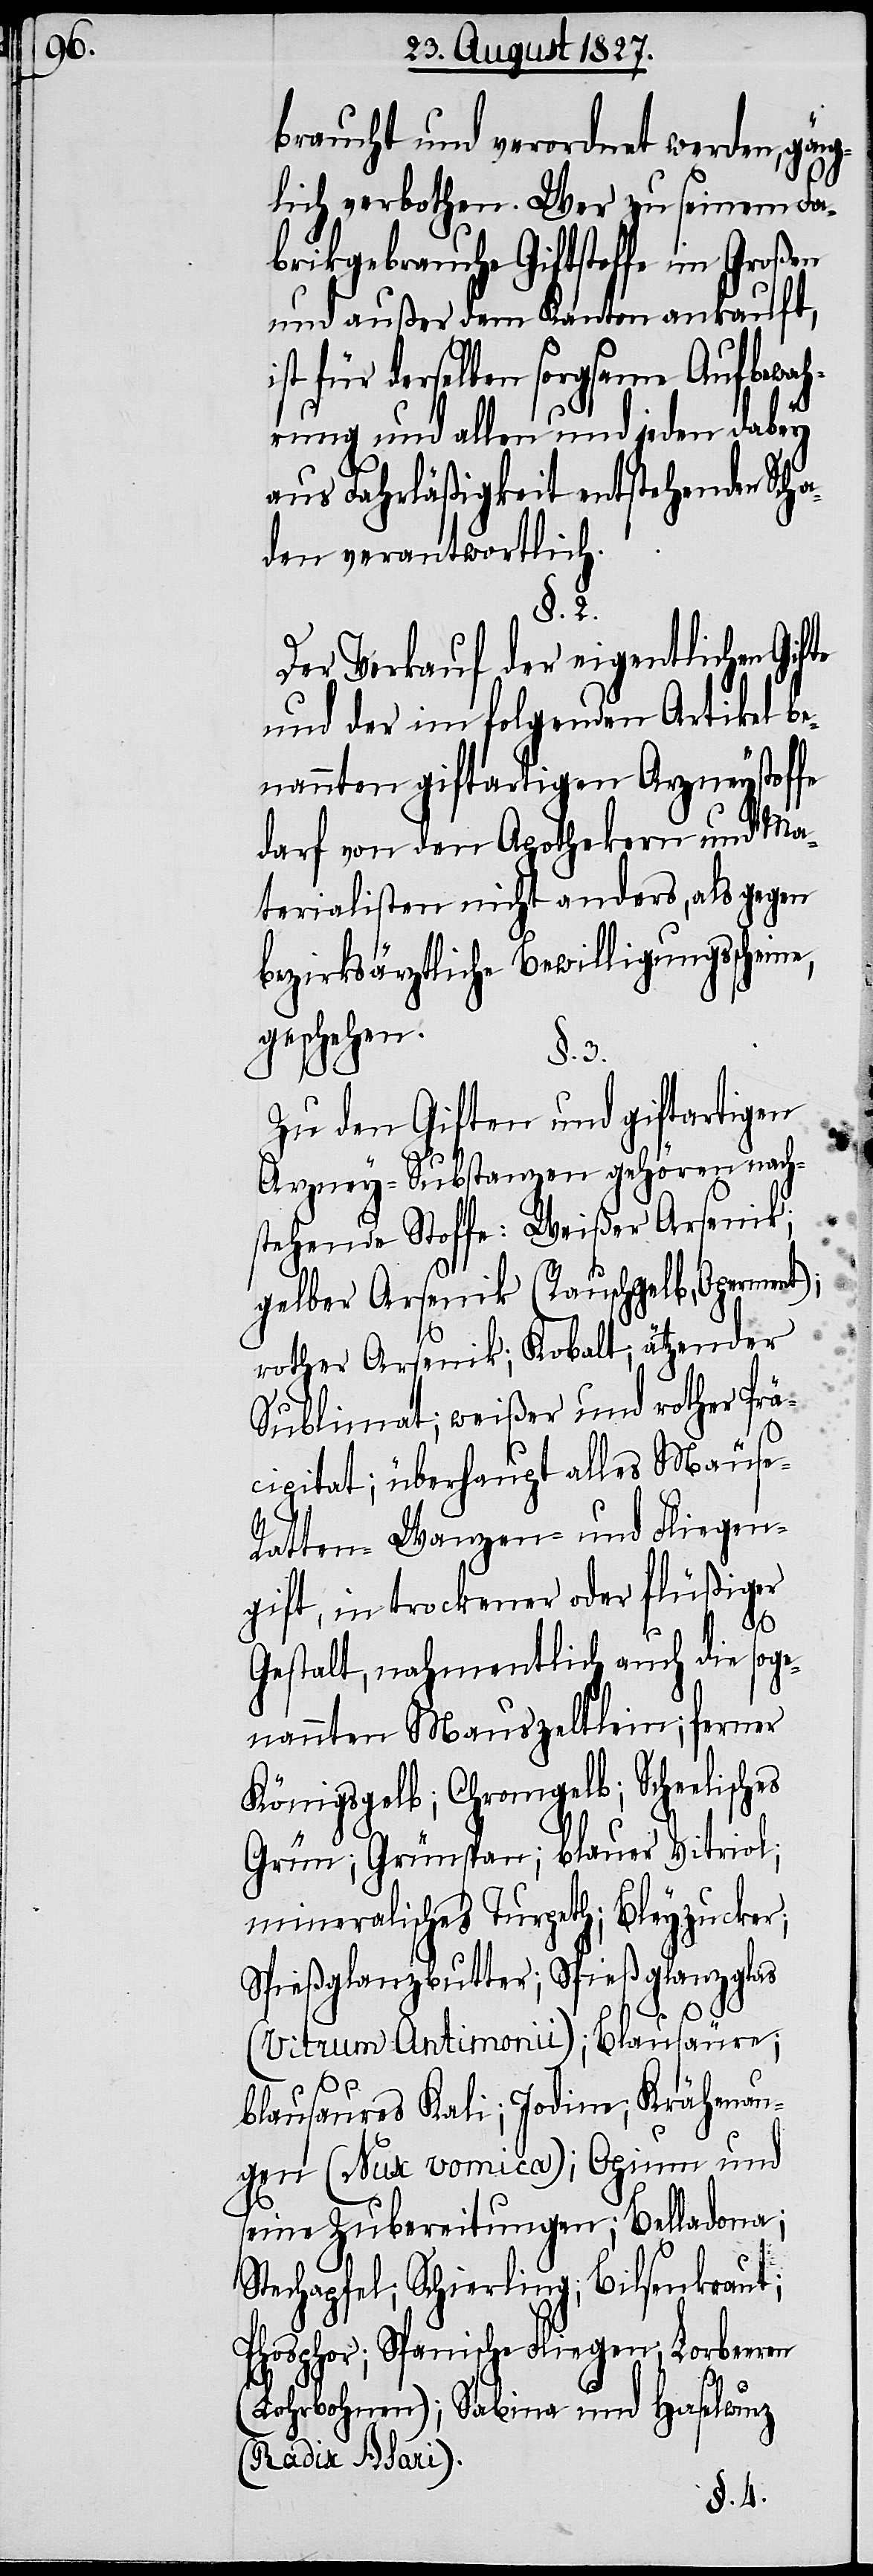
braucht und verordnet werden, gänz¬
lich verbothen. Wer zu seinem Fa¬
brikgebrauche Giftstoffe im Großen
und außer dem Kanton ankauft,
für derselben sorgsame Aufbewah¬
rung und allen und jeden dabey
aus Fahrläßigkeit entstehenden Scha¬
den verantwortlich.
§. 2.
Der Verkauf der eigentlichen Gifte
und der im folgenden Artikel be¬
nannten giftartigen Arzneystoffe
darf von den Apothekern und Ma¬
terialisten nicht anders, als gegen
bezirksärztliche Bewilligungsscheine,
geschehen.
§. 3.
Zu den Giften und giftartigen
Arzney-Substanzen gehören nach¬
stehende Stoffe: Weißer Arsenik;
gelber Arsenik (Rauschgelb, Operment);
rother Arsenik, Kobalt; ätzender
Sublimat; weißer und rother Prä¬
cipitat; überhaupt alles Mäuse-
Ratten- Wanzen- und Fliegen¬
gift, in trockener oder flüßiger
Gestalt, nahmentlich auch die soge¬
nannten Mauszeltlein; ferner
Königsgelb; Chromgelb; Schneelisches
Grün; Grünspan; blauer Vitriol;
mineralisches Turpeth; Bleyzucker;
Spießglanzbutter; Spießglanzglas
(Vitrium Antimonii); Blausäure;
blausaures Kali; Jodine; Krähenau¬
gen (Nux vomica); Opium und
seine Zubereitungen; Belladona;
Stechapfel; Schierling; Bilsenkraut;
Phosphor; Spanische Fliegen; Lorbeeren
(Lohrbohnen); Sabina und Haselwurz
(Radix Alari).